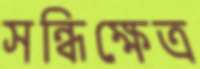
সন্ধিক্ষেত্র